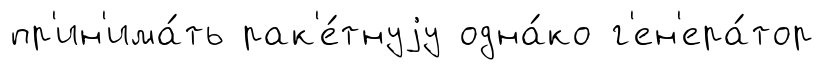
пр'ин'има́ть рак'е́тнуjу одна́ко г'ен'ера́тор